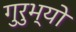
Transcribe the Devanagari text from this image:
गुरुभ्यो